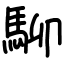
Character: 駠